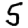
Digit: 5